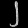
Digit: ၂